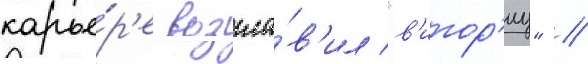
карье́р'е возгла́в'ил "в'итор'иу" //